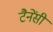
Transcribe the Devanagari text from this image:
टैनेंसी